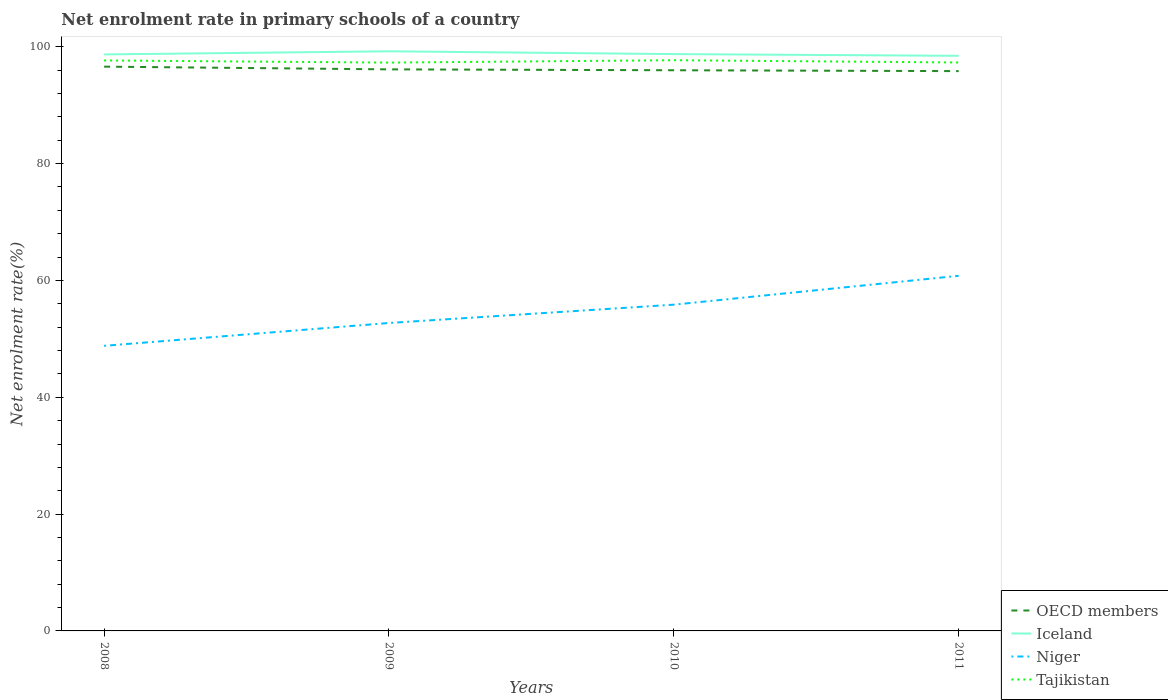
| Years | OECD members | Iceland | Niger | Tajikistan |
 | --- | --- | --- | --- | --- |
 | 2008 | 96.6 | 98.7 | 48.8 | 97.7 |
 | 2009 | 96.1 | 99.2 | 52.7 | 97.3 |
 | 2010 | 96 | 98.7 | 55.9 | 97.7 |
 | 2011 | 95.8 | 98.5 | 60.8 | 97.3 |